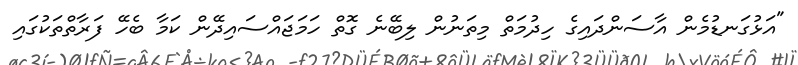
"އަޅުގަނޑުމެން އާސަންދައިގެ ހިދުމަތް މިތަނުން ލިބޭނެ ގޮތް ހަމަޖައްސައިދޭން ކަމާ ބެހޭ ފަރާތްތަކުގައި